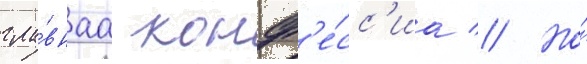
гла́внаа конф'е́сс'иа // Но́